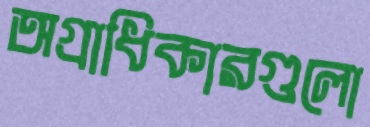
অগ্রাধিকারগুলো